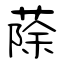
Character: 蒢